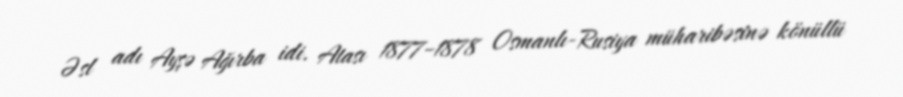
Əsl adı Ayşə Ağırba idi. Atası 1877–1878 Osmanlı-Rusiya müharibəsinə könüllü